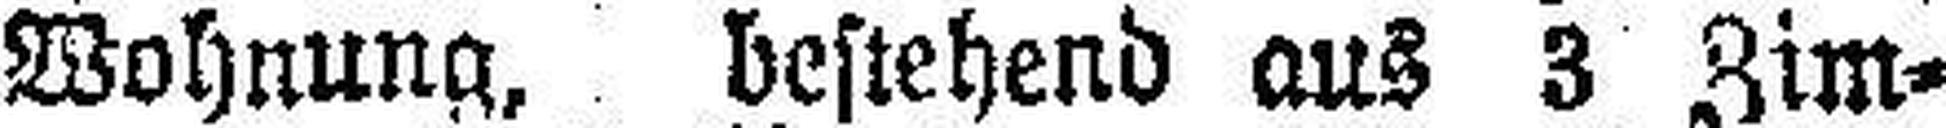
Wohnung, bestehend aus 3 Zim¬